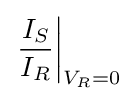
\left.{\frac {I_{S}}{I_{R}}}\right|_{V_{R}=0}